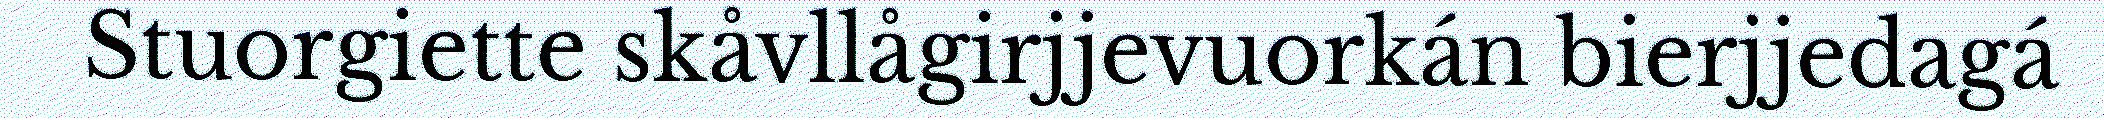
Stuorgiette skåvllågirjjevuorkán bierjjedagá